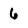
Character: 6